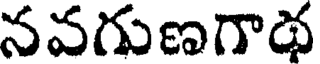
నవగుణగాథ